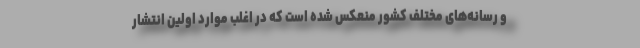
و رسانه‌های مختلف کشور منعکس شده است که در اغلب موارد اولین انتشار